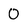
Character: 0